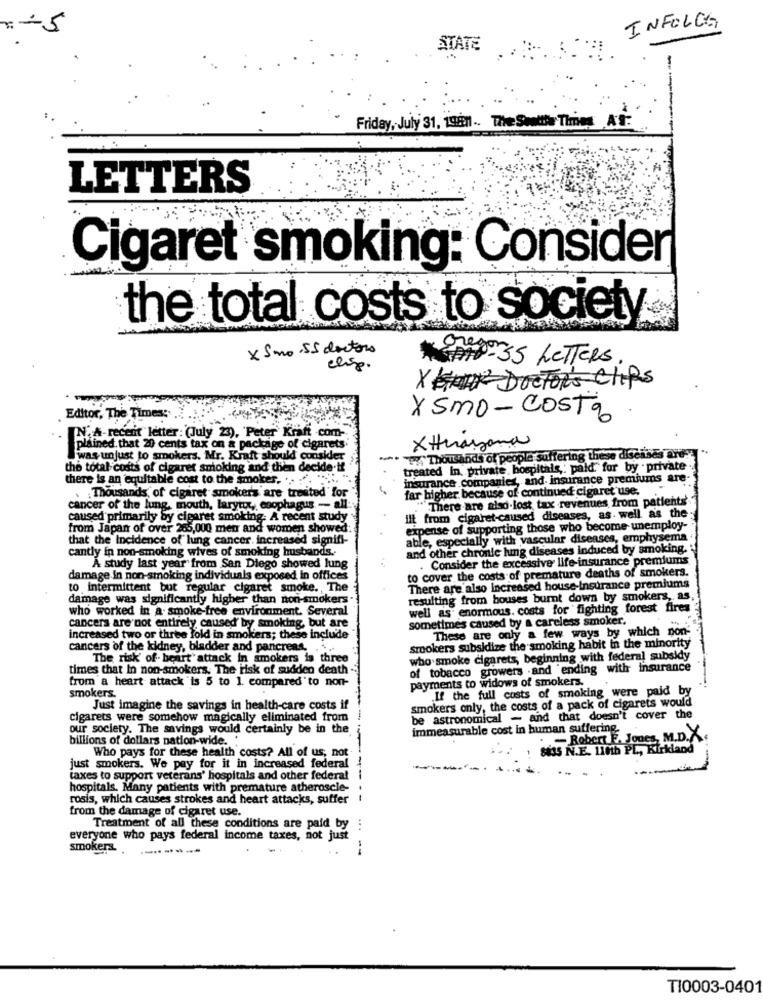
INFOLGE
STATE
-
Friday, July 31, 1981 .. The Swotthe Thing AS:
LETTERS
Cigaret smoking: Consider
the total costs to society
x Smo.55 doctors
GA -55 LETTERS
chisp.
Xb DOCTOR'S Chips
Editor, The Times:
X Smo- COST 9
IN;A-recent letter: (July 23), Peter Kraft com-
plained. that 20 cents tax on a package of cigarets
Xterazana
was unjust to smokers. Mr. Kraft should consider
--
Ty Thou ands of people suffering these dischses ard:
the total costs of cigaret smoking and then decide-tf
treated In. private, hospitals ,: paid for by . private
there is an equitable cost to the smoker. .. ... ....
insurance companies, and. insurance premiums are-
far higher because of continued cigaret use.
Thousands of cigaret smokers are treated for
."There are also-lost tax revenues from patients'
cancer of the lung, mouth, larytor, esophagus - all:
caused primarily by cigaret smoking: A recent study
ilt from cigaret-caused diseases, as well as the
from Japan of over 265,000 men and women showed:
expense of supporting those who become unemploy-
that the Incidence of lung cancer. increased signifi-
able, especially with vascular diseases, emphysema
cantly in non-smoking wives of smoking husbands ..
and other chronic lung diseases induced by smoking.
. Consider the excessive life insurance premiums
A study last year from San Diego showed lung
to cover the costs of premature deaths of smokers.
damage In non-smoking individuals exposed in offices
to intermittent but regular cigaret smoke ., The
There are also increased house-Insurance premiums
damage was significantly higher than non-smokers.
resulting from bouses burnt down by smokers, as
who worked in a. smoke free environment. Several
well as enormous. costs for fighting forest fires
sometimes caused by a careless smoker.
cancers are not entirely caused by smoking, but are
These are only a few ways by which non-
increased two or three fold in smokers; these include
cancers of the kidney, bladder and pancreas. . ..
smookers subsidize the smoking habit in the minority
The risk of heart attack In smokers is three
who smoke cigarets, beginning with federal subsidy
times that In non-smokers. The risk of sudden death
of tobacco growers -and ending with insurance
from a heart attack is 5 to 1. compared'to non-
payments to widows of smokers.
If the full costs of smoking were paid by
smokers.
smokers only, the costs of a pack of cigarets would
Just imagine the savings in health-care costs if
cigarets were somehow magically eliminated from
be astronomical - and that doesn't cover the
our society. The savings would certainly be in the
immeasurable cost in human suffering
billions of dollars nation-wide.
-Robert F. Jones, M.D.X
Who pays for these health costs? All of us; not
84SS N.E. 110th PL, Kirkland
just smokers. We pay for it in increased federal
taxes to support veterans' hospitals and other federal
hospitals. Many patients with premature atheroscle-
rosis, which causes strokes and heart attacks, suffer
-----
from the damage of cigaret use.
Treatment of all these conditions are paid by
everyone who pays federal income taxes, not just
smokers.
TI0003-0401